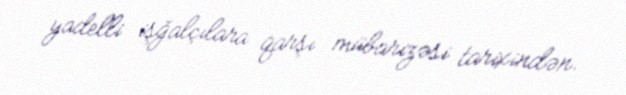
yadelli işğalçılara qarşı mübarizəsi tarixindən.